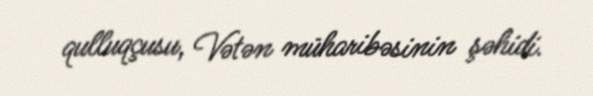
qulluqçusu, Vətən müharibəsinin şəhidi.